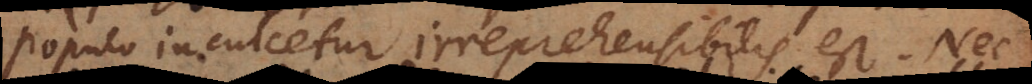
populo inculcetur irreprehensibilis est. Nec